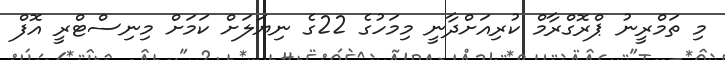
މި ތަމްރީނު ޕްރޮގްރާމް ކުރިއަށްދާނީ މިމަހުގެ 22ގެ ނިޔަލަށް ކަމަށް މިނިސްޓްރީ އޮފް